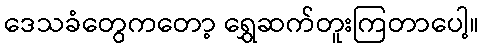
ဒေသခံတွေကတော့ ရွှေဆက်တူးကြတာပေါ့။